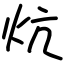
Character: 炕